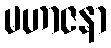
မဟာဇနာ